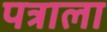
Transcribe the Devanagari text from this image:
पत्राला